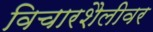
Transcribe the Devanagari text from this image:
विचारशैलीवर